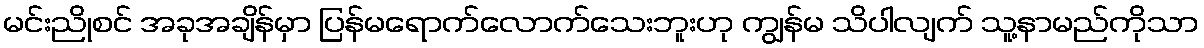
မင်းညိုစင် အခုအချိန်မှာ ပြန်မရောက်လောက်သေးဘူးဟု ကျွန်မ သိပါလျက် သူ့နာမည်ကိုသာ